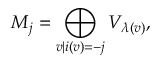
M _ { j } = \bigoplus _ { v | i ( v ) = - j } V _ { \lambda ( v ) } ,